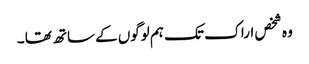
وہ شخص اراک تک ہم لوگوں کے ساتھ تھا ۔